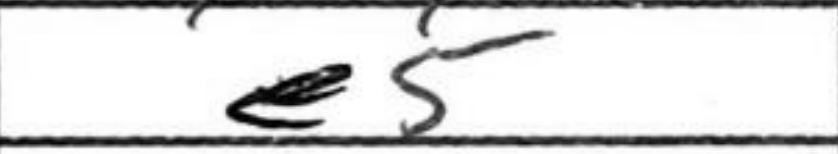
Transcription: e5